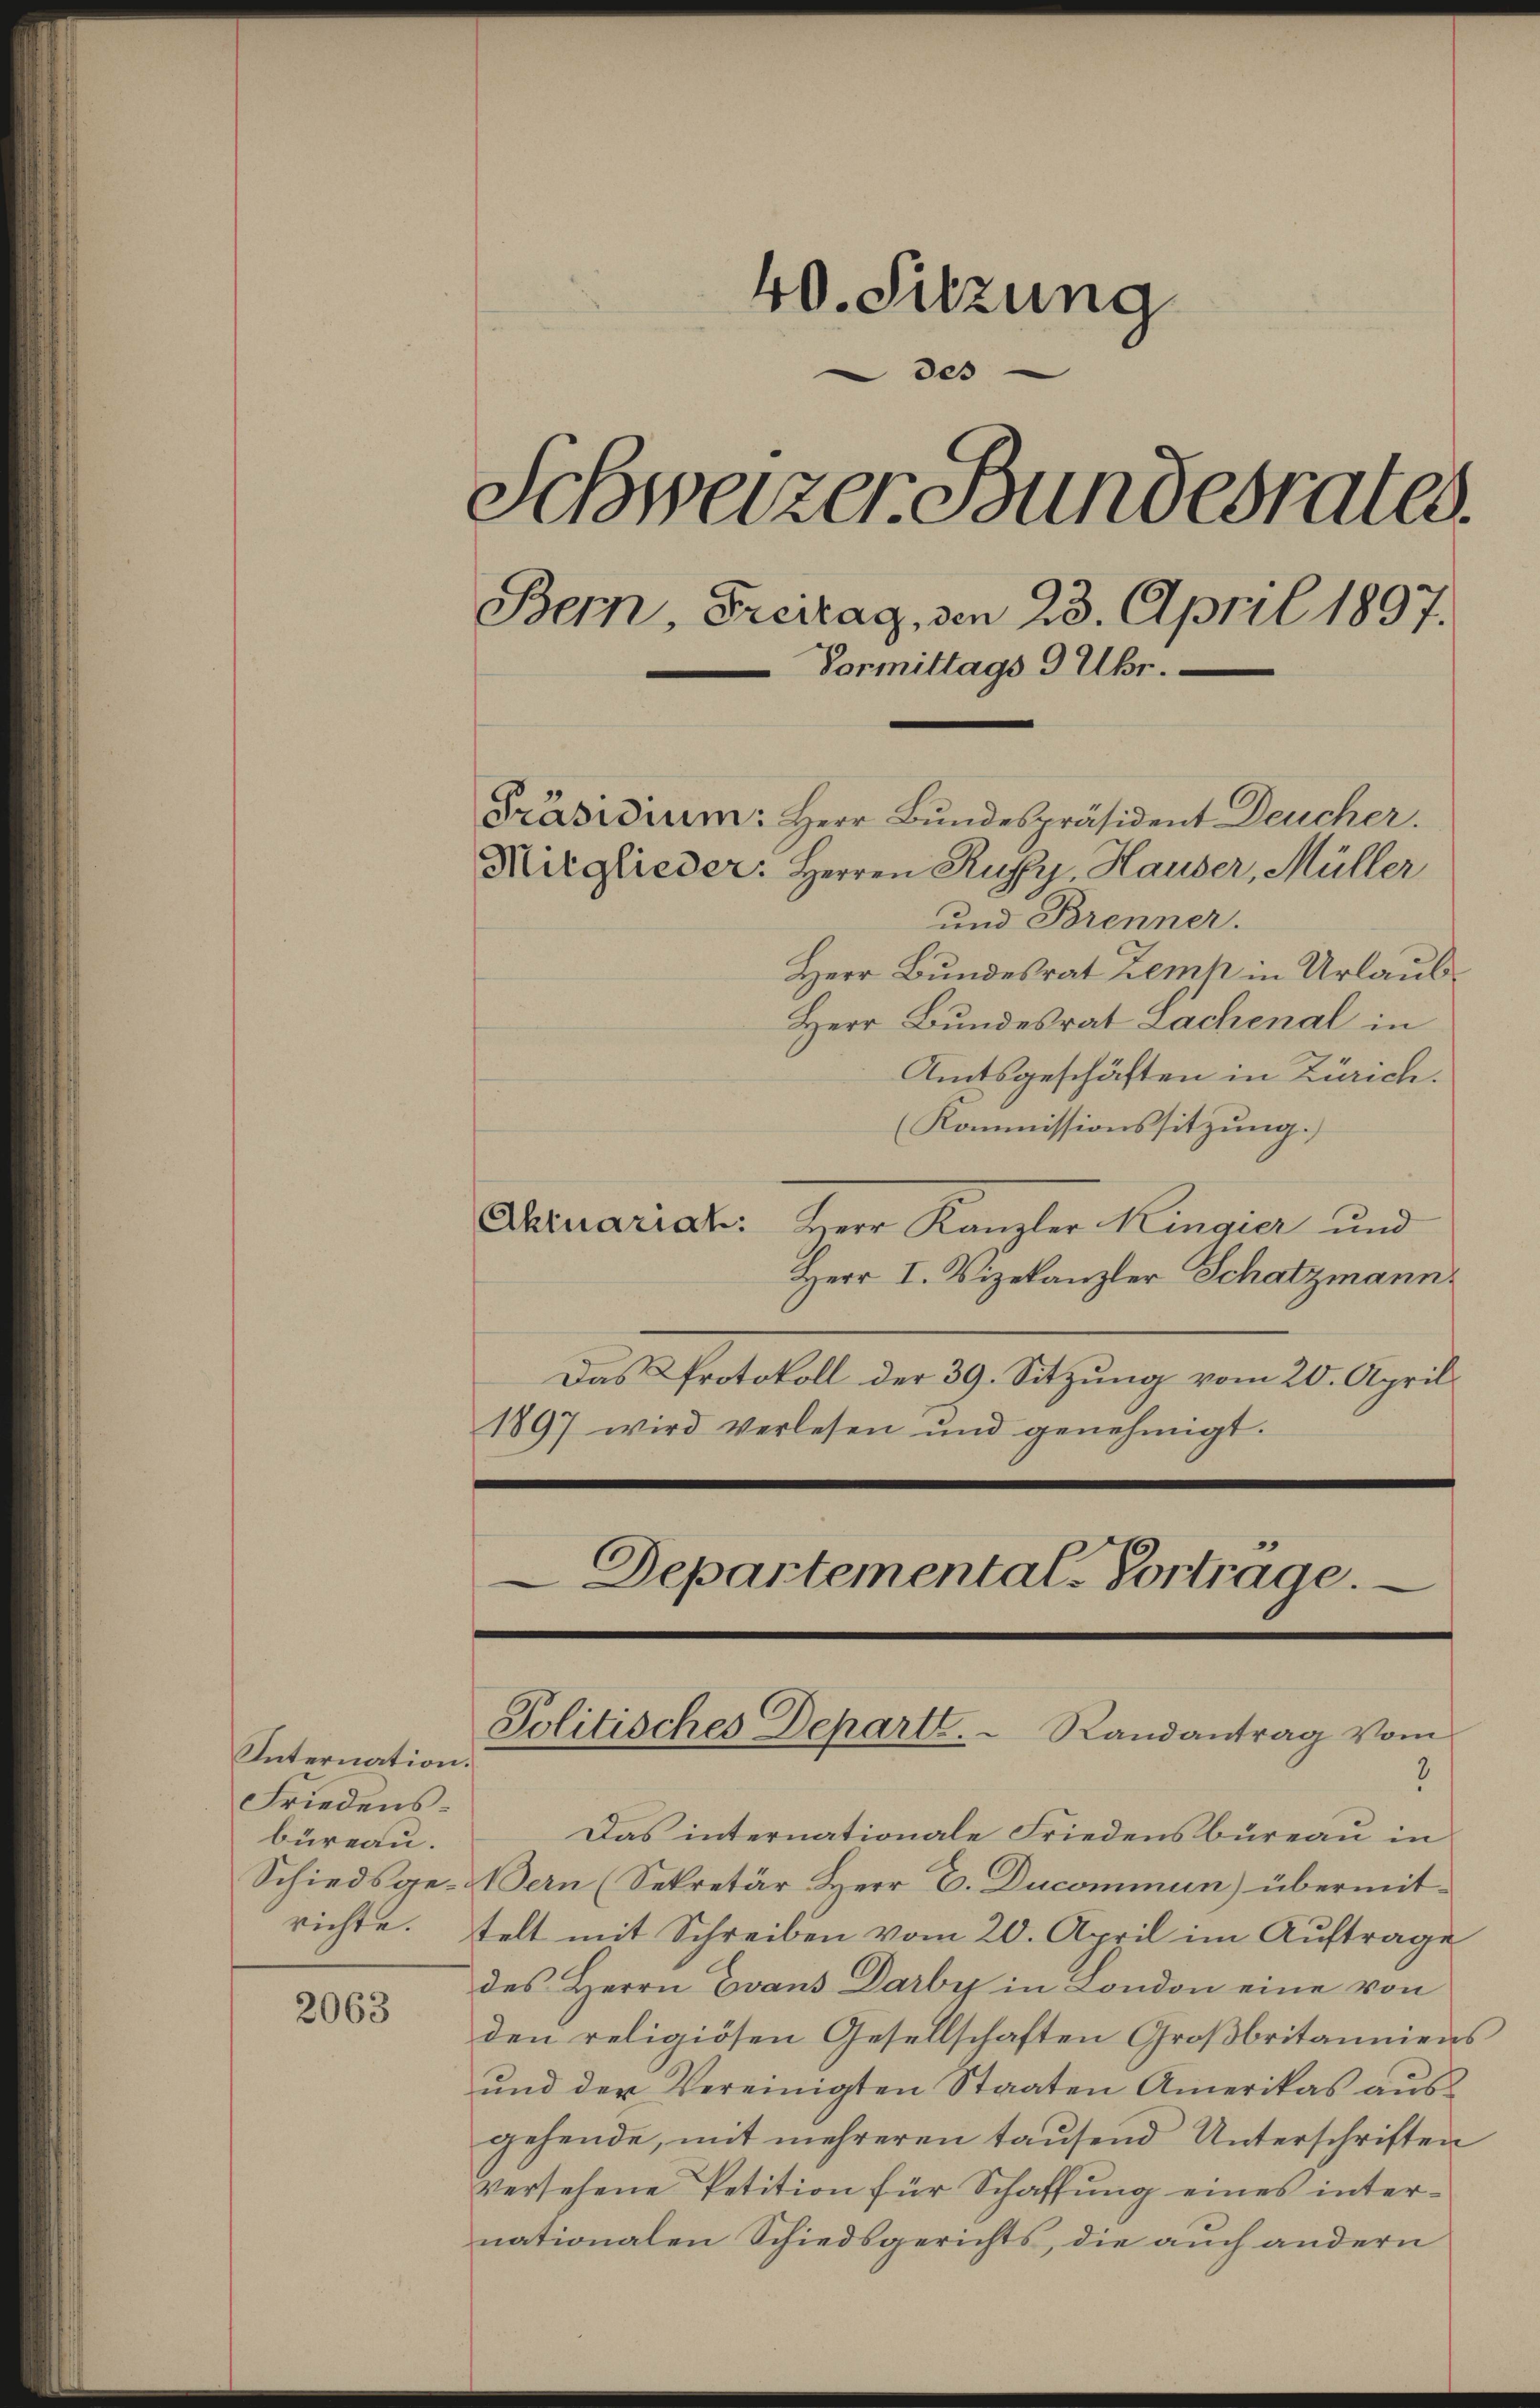
Internation.
Friedensbüreau.

2063

40. Sitzung
des
Schweizer Bundesrates.
Bern, Freitag, den 23. April 1897.
Vormittags 9 Uhr.
Präsidium: Herr Bundespräsident Deucher.
Mitglieder: Herren Ruffy, Hauser, Müller
und Brenner.

3
Das internationale Friedensbureau in
Schiedsge-Bern (Sekretär Herr E. Ducommun) übermitrichte. Tell mit Schreiben vom 20. April im Auftrage
des Herrn Evans Darby in London eine von
den religiösen Gesellschaften Großbritanniens
und der Vereinigten Staaten Amerikas ausgehende, mit mehreren tausend Unterschriften
versehene Petition für Schaffung eines internationalen Schiedsgerichts, die auch andern

Herr Bundesrat Zemp in Urlaub¬
Herr Bundesrat Lachenal in
Amtsgeschäften in Zürich.
(Kommissionssitzung.
Aktuariat: Herr Kanzler Kingier und
Herr I. Vizekanzler Schatzmann
Das Protokoll der 39. Sitzung vom 20. April
1897 wird verlesen und genehmigt.
Departemental. Vortrage.

Politisches Departe. Randantrag vom